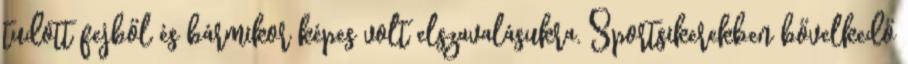
tudott fejből és bármikor képes volt elszavalásukra. Sportsikerekben bővelkedő